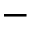
-